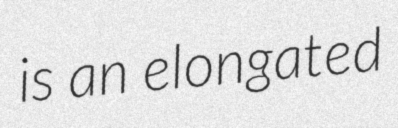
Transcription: is an elongated